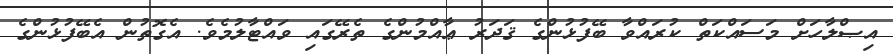
އިޞްލާހަށް މަސައްކަތް ކުރައްވާ ބޭފުޅުންގެ ޤަދަރު ޢާއްމުންގެ ތެރޭގައި ވައްޓާލުމެވެ. އެގޮތުން އެބޭފުުޅުންގެ